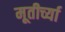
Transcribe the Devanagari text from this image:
मूतीर्च्या